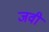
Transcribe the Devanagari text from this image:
जवी